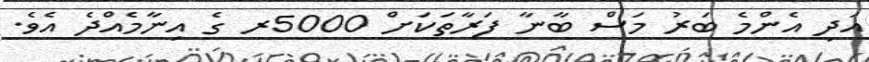
އަދި އެންމެ ބަރު މަސް ބާނާ ފަރާތަކަށް 5000ރ ގެ އިނާމެއްދެ އެވެ.